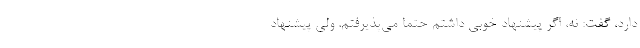
دارد، گفت: نه، اگر پیشنهاد خوبی داشتم حتما می‌پذیرفتم. ولی پیشنهاد